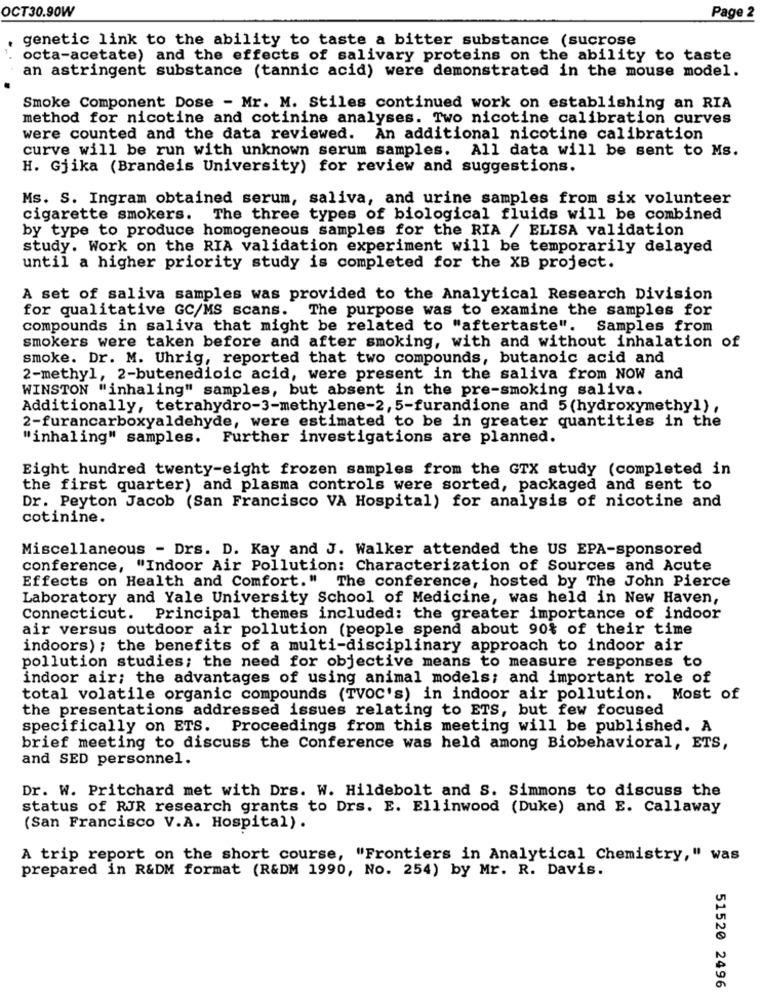
OCT30.90W
Page 2
genetic link to the ability to taste a bitter substance (sucrose
octa-acetate) and the effects of salivary proteins on the ability to taste
an astringent substance (tannic acid) were demonstrated in the mouse model.
Smoke Component Dose - Mr. M. Stiles continued work on establishing an RIA
method for nicotine and cotinine analyses. Two nicotine calibration curves
were counted and the data reviewed. An additional nicotine calibration
curve will be run with unknown serum samples.
All data will be sent to Ms.
H. Gjika (Brandeis University) for review and suggestions.
Ms. S. Ingram obtained serum, saliva, and urine samples from six volunteer
cigarette smokers. The three types of biological fluids will be combined
by type to produce homogeneous samples for the RIA / ELISA validation
study. Work on the RIA validation experiment will be temporarily delayed
until a higher priority study is completed for the XB project.
A set of saliva samples was provided to the Analytical Research Division
for qualitative GC/MS scans. The purpose was to examine the samples for
compounds in saliva that might be related to "aftertaste". Samples from
smokers were taken before and after smoking, with and without inhalation of
smoke. Dr. M. Uhrig, reported that two compounds, butanoic acid and
2-methyl, 2-butenedioic acid, were present in the saliva from NOW and
WINSTON "inhaling" samples, but absent in the pre-smoking saliva.
Additionally, tetrahydro-3-methylene-2, 5-furandione and 5(hydroxymethyl),
2-furancarboxyaldehyde, were estimated to be in greater quantities in the
"inhaling" samples. Further investigations are planned.
Eight hundred twenty-eight frozen samples from the GTX study (completed in
the first quarter) and plasma controls were sorted, packaged and sent to
Dr. Peyton Jacob (San Francisco VA Hospital) for analysis of nicotine and
cotinine.
Miscellaneous - Drs. D. Kay and J. Walker attended the US EPA-sponsored
conference, "Indoor Air Pollution: Characterization of Sources and Acute
Effects on Health and Comfort." The conference, hosted by The John Pierce
Laboratory and Yale University School of Medicine, was held in New Haven,
Connecticut. Principal themes included: the greater importance of indoor
air versus outdoor air pollution (people spend about 90% of their time
indoors) ; the benefits of a multi-disciplinary approach to indoor air
pollution studies; the need for objective means to measure responses to
indoor air; the advantages of using animal models; and important role of
total volatile organic compounds (TVOC's) in indoor air pollution. Most of
the presentations addressed issues relating to ETS, but few focused
specifically on ETS. Proceedings from this meeting will be published. A
brief meeting to discuss the Conference was held among Biobehavioral, ETS,
and SED personnel.
Dr. W. Pritchard met with Drs. W. Hildebolt and S. Simmons to discuss the
status of RJR research grants to Drs. E. Ellinwood (Duke) and E. Callaway
(San Francisco V.A. Hospital) .
A trip report on the short course, "Frontiers in Analytical Chemistry," was
prepared in R&DM format (R&DM 1990, No. 254) by Mr. R. Davis.
51520 2496